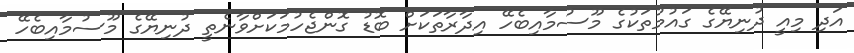
އަދި މިއީ ދުނިޔޭގެ ގައުމުތަކުގެ މޫސުމާއިބެހޭ އިދާރާތަކަށް ބޮޑު ގޮންޖެހުމަކަށްވާނެތީ ދުނިޔޭގެ މޫސުމާއިބެހޭ